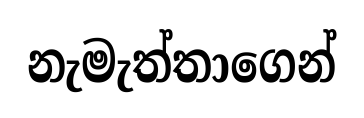
නැමැත්තාගෙන්